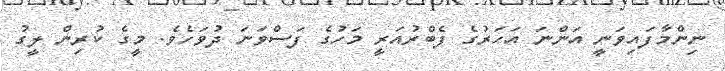
ނިންމާފައިވަނީ އަންނަ އަހަރުގެ ފެބްރުއަރީ މަހުގެ ފަސްވަނަ ދުވަހެވެ. މީގެ ކުރިން ލީގު